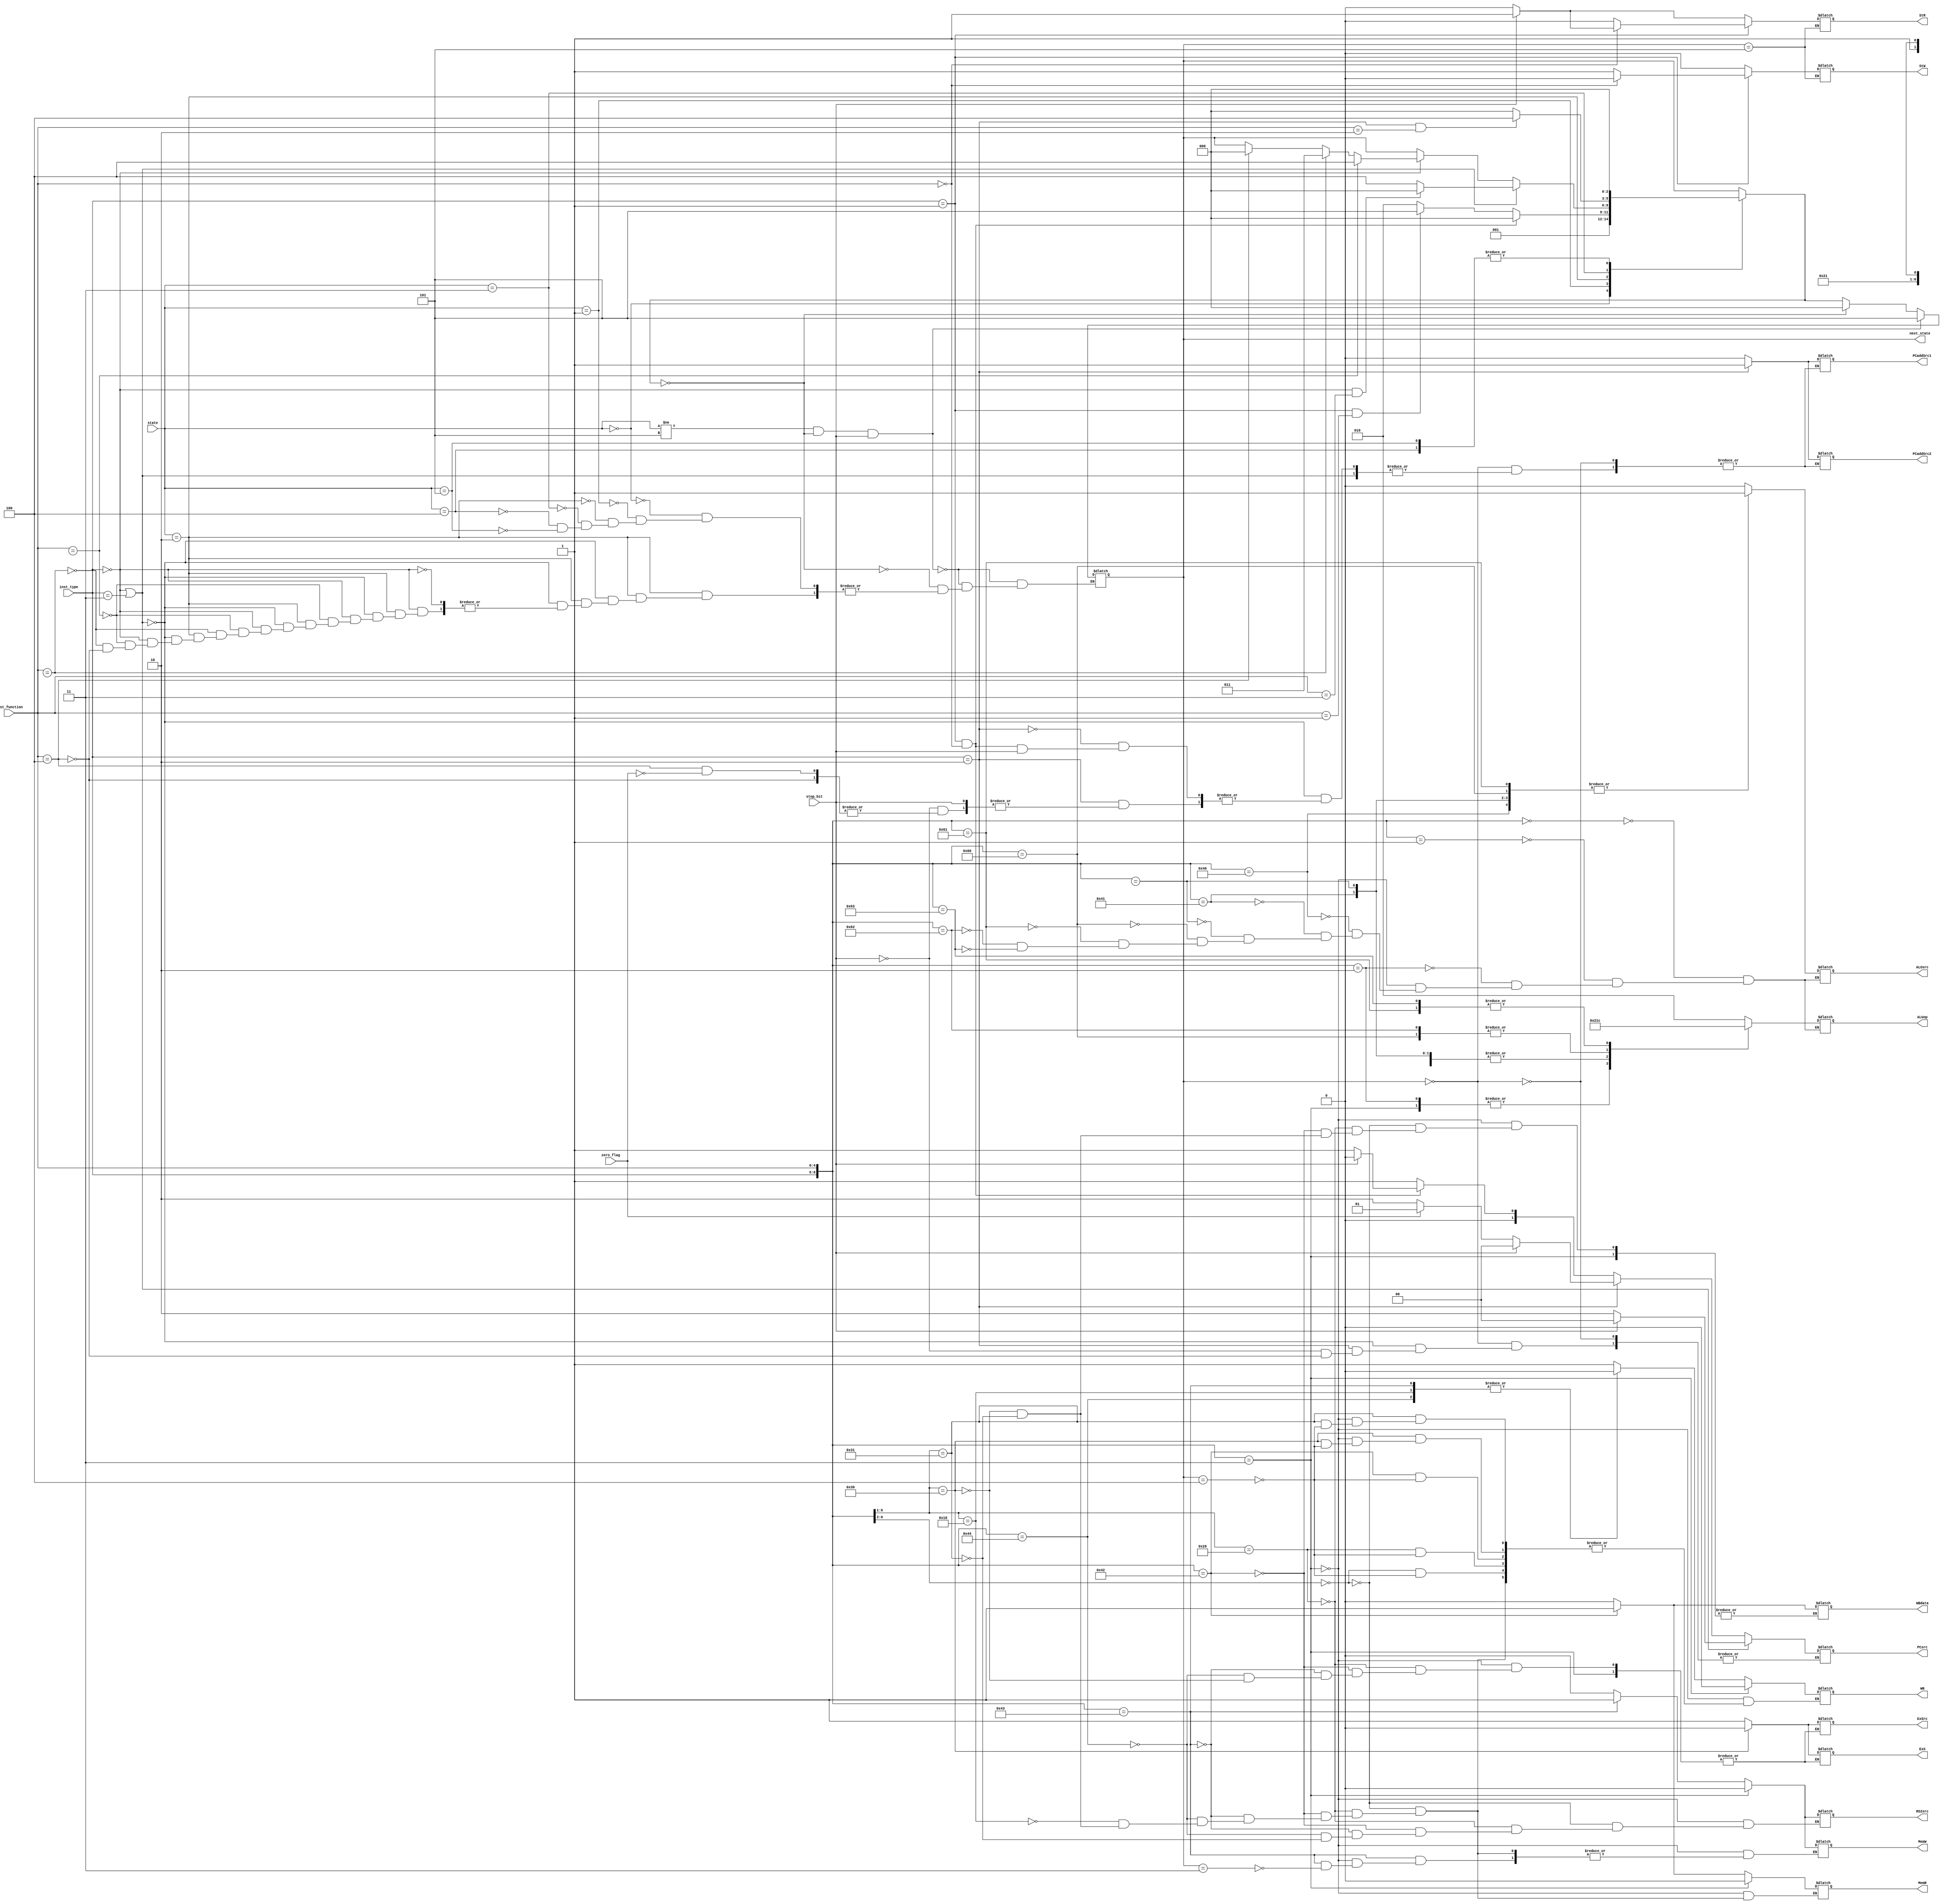
// Code your design here
module ControlUnit(inst_type, inst_function, stop_bit, zero_flag,
	ExSrc, ExS, RS2src, WB, MemR, MemW, WBdata,
	 PCaddSrc1, PCaddSrc2,
	ALUsrc, ALUop,
	StR, StW,PCsrc, 
	state, next_state);
	
	input [1:0] inst_type;
	input [4:0] inst_function;
	input stop_bit, zero_flag; 
	input [2:0] state;
	output reg ExSrc, ExS, RS2src, WB, MemR, MemW, WBdata, PCaddSrc1, PCaddSrc2, ALUsrc, StR, StW;
    output reg [1:0] PCsrc ; 
	output reg [2:0] ALUop; 
	output reg [2:0] next_state;
	
	parameter IF_STAGE = 0;
	parameter ID_STAGE = 1;
	parameter EX_STAGE = 2;
	parameter MEM_STAGE = 3;
	parameter WB_STAGE = 4;
	parameter ST_STAGE = 5;
	
	parameter R_TYPE = 2'b00;
	parameter I_TYPE = 2'b10;
	parameter J_TYPE = 2'b01;
	parameter S_TYPE = 2'b11;
	
	//return here 
	parameter ADD = 0;
	parameter SUB = 1;
	parameter AND = 2;
	parameter SLL = 3;
	parameter SLR = 4;

	
	
	always@(state) begin
		case(state)
			IF_STAGE: begin
				next_state = ID_STAGE;
			end
			ID_STAGE: begin
				if(inst_type == J_TYPE && inst_function==0)begin // J
					next_state = IF_STAGE;
				end
				else if(inst_type == J_TYPE && inst_function==1) begin // Jal
					next_state = ST_STAGE;
				end
				else begin 
					next_state = EX_STAGE;
				end			
			end
			EX_STAGE: begin
				if (inst_type == R_TYPE || inst_type == S_TYPE) begin
					if(inst_type == R_TYPE && inst_function == 5'b00011) // CMP
						next_state = IF_STAGE;
					else 
						next_state = WB_STAGE;
				end
				else if (inst_type == R_TYPE) begin
					if(inst_function == 5'b0000x) // ANDI + ADDI
						next_state = WB_STAGE;
					else if (inst_function == 5'b0001x) // LW + SW
						next_state=MEM_STAGE;
					else if (inst_function == 5'b00100) // BEQ
						next_state = IF_STAGE;
				end
			end
			MEM_STAGE: begin
				if(inst_type == I_TYPE && inst_function == 5'b00010) // LW
					next_state = WB_STAGE;
				else // SW
					next_state = IF_STAGE;
			end
			
			WB_STAGE: begin
				next_state = IF_STAGE;
			end
			
			ST_STAGE: begin
				next_state = IF_STAGE;
			end
          
		endcase
		
		if(state!=ST_STAGE && next_state == IF_STAGE && stop_bit == 1) begin
			next_state = ST_STAGE;
		end
		else if(next_state== IF_STAGE) begin
			next_state = IF_STAGE;
		end
	end
	
	
	// main control signals
  always@ (inst_type, inst_function, state) begin
   
		casex({inst_type, inst_function})
			7'b0000011: begin // R-type: CMP 
				RS2src <= 0;  
				MemR <= 0;
				MemW <= 0;
				WB <=0;
			end
			
			7'b00000??: begin // R-type/CMP	
				RS2src <= 0;  
				MemR <= 0;
				MemW <= 0;
				WBdata <= 0;
				if(next_state == 4) begin
					WB <= 1;
				end		
			end
			
			7'b100000x: begin // I-type: ADDI + ANDI
				ExSrc <= 1;
				ExS <= 1;
				RS2src <= 0;
				MemR <= 0;
				MemW <= 0;
				WBdata <= 0;
				if(next_state == 4) begin
					WB <= 1;
				end	
			end
			
			7'b1000010: begin // I-type: LW
				ExSrc <= 1;
				ExS <= 1;
				RS2src <= 0;
				MemR <= 1;
				MemW <= 0;
				WBdata <= 1;
				if(next_state == 4) begin
					WB <= 1;
				end	
			end
			
			7'b1000011: begin // I-type: SW
				ExSrc <= 1;
				ExS <= 1;
				RS2src <= 1;
				WB <= 0;
				MemR <= 0;
				if(next_state == 3) begin
					MemW = 1;
				end	
			end
			
			7'b1000100: begin // I-type: BEQ
				ExSrc <= 1;
				ExS <= 1;
				RS2src <= 0;
				WB <= 0;
				MemR <= 0;	  
				MemW <= 0;
			end	
			
			7'b010000x:  begin // J-type
				WB <= 0;
				MemR <= 0;	  
				MemW <= 0;
			end	
			
			7'b110000x:  begin // S-type: SLL + SLR
				ExSrc <= 0;
				ExS <= 0;
				MemR <= 0;	  
				MemW <= 0;
				WBdata <= 0;
				if(next_state == 4) begin
					WB = 1;
				end	
			end	  
			
			7'b110001x:  begin // S-type: SLLV + SLRV
				RS2src <= 0;
				MemR <= 0;	  
				MemW <= 0;
				WBdata <= 0;
				if(next_state == 4) begin
					WB = 1;
				end	
			end	
		endcase
	end	
	
	
	// PC control
  always @(inst_type, inst_function, stop_bit, zero_flag, state , next_state) begin
		if(next_state == IF_STAGE) begin
			if (inst_type == R_TYPE || inst_type == S_TYPE)begin 
              if(stop_bit ==1) begin 
					PCsrc <= 0;
              end 
				else begin
					PCsrc <= 2;
                end 
			end
			else if(inst_type==I_TYPE) begin 
				if(stop_bit == 1)
					PCsrc <= 0;
				else if(inst_function == 5'b00100) begin // BEQ
					if(zero_flag == 1) begin
						PCsrc <= 1;
						PCaddSrc1 <= 1;	
						PCaddSrc2 <= 1;
					end 
					else
					   PCsrc <= 2;
				end
			end
			else if (inst_type == J_TYPE && inst_function == 5'b00000) begin // J
				if(stop_bit ==1)
					PCsrc <= 0;
				else begin
					PCsrc <= 1;
					PCaddSrc1 <= 0;	
					PCaddSrc2 <= 0;
				end
			end
			else begin // JAL
				PCsrc <= 1;
				PCaddSrc1 <= 0;	
				PCaddSrc2 <= 0;
			end
				
		end
    end 
  
    // ALU control signal 	
	always @(inst_type, inst_function) begin
		case({inst_type, inst_function})
			7'b0000000: begin // AND
				ALUsrc <= 0;
				ALUop <= AND;
			end	 
			
			7'b0000001: begin // ADD
				ALUsrc <= 0;
				ALUop <= ADD;
			end
			
			7'b0000010: begin // SUB
				ALUsrc <= 0;
				ALUop <= SUB;
			end
			
			7'b0000011: begin // CMP
				ALUsrc <= 0;
				ALUop <= SUB;
			end
			
			7'b1000000: begin // ANDI
				ALUsrc <= 1;
				ALUop <= AND;
			end
			
			7'b1000001: begin // ADDI
				ALUsrc <= 1;
				ALUop <= ADD;
			end
			
			7'b100001x: begin // LW + SW
				ALUsrc <= 1;
				ALUop <= ADD;
			end	 
			
			7'b1100000: begin // SLL
				ALUsrc <= 1;
				ALUop <= SLL;
			end	
			
			7'b1100001: begin // SLR
				ALUsrc <= 1;
				ALUop <= SLR;
			end
			
			7'b1100010: begin // SLLV
				ALUsrc <= 0;
				ALUop <= SLL;
			end	
			
			7'b1100011: begin // SLRV
				ALUsrc <= 0;
				ALUop <= SLR;
			end	
			
		endcase
		
	end
	
  // Stack control unit 
	always@(inst_type, inst_function, stop_bit, state) begin
      if (next_state == ST_STAGE)begin 
		if(inst_type == J_TYPE)begin
			if(inst_function == 5'b00000) begin
				if(stop_bit ==1) begin
					StR <= 1;
					StW <= 0;
				end	
				else begin
					StR <= 0;
					StW <= 0;
				end
			end	
			else begin
				StR <= 0;
				StW <= 1;
			end
		end
		
		else if (stop_bit == 0) begin 
		   	StR <= 0;
			StW <= 0;
		end
		else begin
			StR <= 1;
			StW <= 0;
		end
      end	
	end
	
	

endmodule